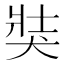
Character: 𤞛